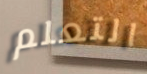
التعلم